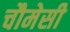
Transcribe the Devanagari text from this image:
चौमेसी